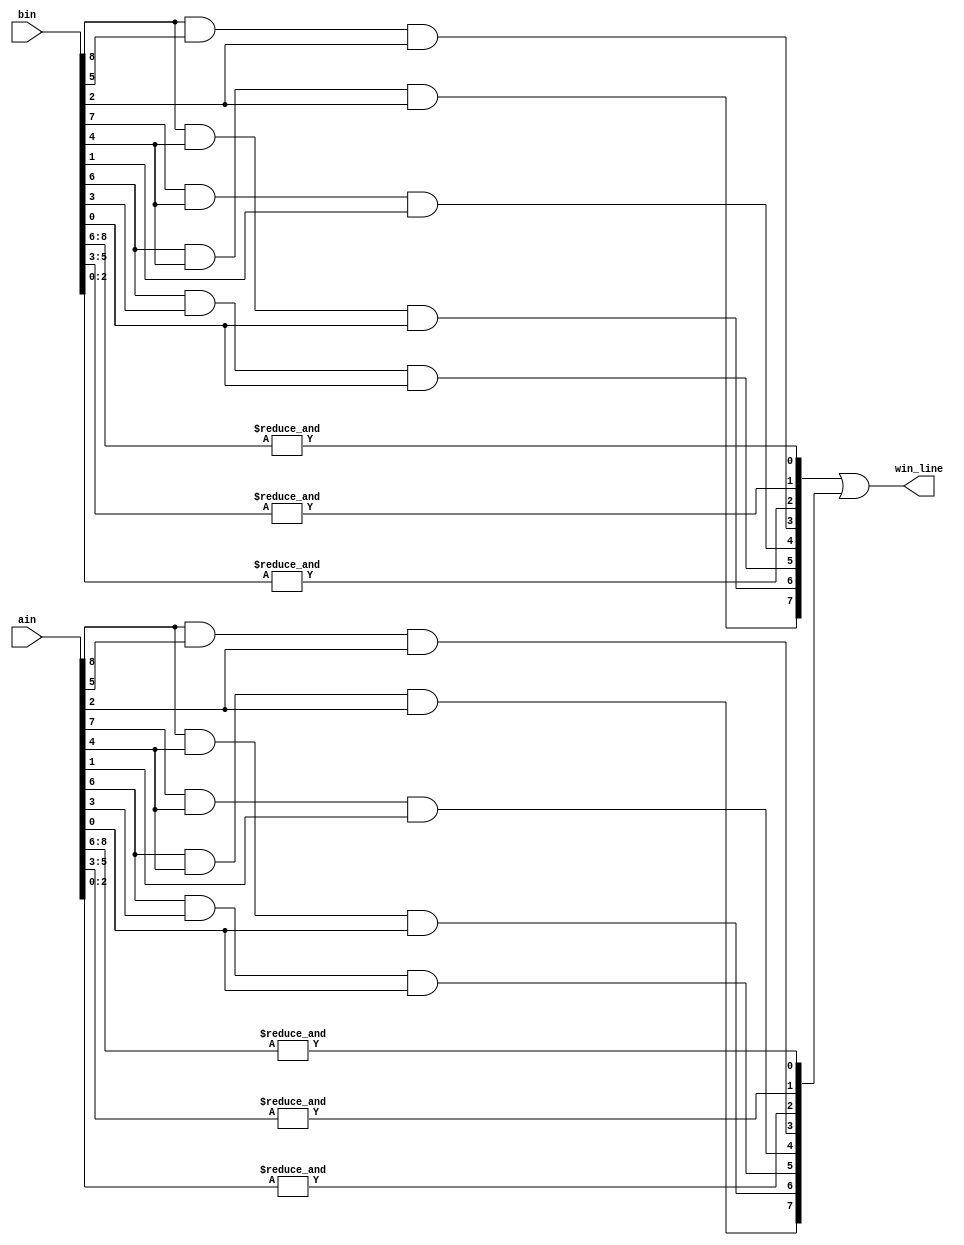
// DetectWinner
// Detects whether either ain or bin has three in a row
// Inputs:
//   ain, bin - (9-bit) current positions of type a and b
//Out:
//   win_line - (8-bit) if A/B wins, one hot indicates along which row, col or diag
//   win_line(0) = 1 means a win in row 8 7 6 (i.e., either ain or bin has all ones in this row)
//   win_line(1) = 1 means a win in row 5 4 3
//   win_line(2) = 1 means a win in row 2 1 0
//   win_line(3) = 1 means a win in col 8 5 2
//   win_line(4) = 1 means a win in col 7 4 1
//   win_line(5) = 1 means a win in col 6 3 0
//   win_line(6) = 1 means a win along the downward diagonal 8 4 0
//   win_line(7) = 1 means a win along the upward diagonal 2 4 6

module DetectWinner(
		input [8:0] ain, bin,
		output [7:0] win_line );

	// which winner
	wire [1:0] winners;

	// separate winner wires
	wire [7:0] win_line_a, win_line_b;

	// CPEN 211 LAB 3, PART 1: your implementation goes here

	// *********** NEW IMPLEMENTATIONS **********
	assign win_line_a[0] = &ain[8:6];
	assign win_line_a[1] = &ain[5:3];
	assign win_line_a[2] = &ain[2:0];
	assign win_line_a[3] = ain[8] & ain[5] & ain[2];
	assign win_line_a[4] = ain[7] & ain[4] & ain[1];
	assign win_line_a[5] = ain[6] & ain[3] & ain[0];
	assign win_line_a[6] = ain[8] & ain[4] & ain[0];
	assign win_line_a[7] = ain[6] & ain[4] & ain[2];

	assign win_line_b[0] = &bin[8:6];
	assign win_line_b[1] = &bin[5:3];
	assign win_line_b[2] = &bin[2:0];
	assign win_line_b[3] = bin[8] & bin[5] & bin[2];
	assign win_line_b[4] = bin[7] & bin[4] & bin[1];
	assign win_line_b[5] = bin[6] & bin[3] & bin[0];
	assign win_line_b[6] = bin[8] & bin[4] & bin[0];
	assign win_line_b[7] = bin[6] & bin[4] & bin[2];

	// TODO: worry about this later ************
	assign winners = {|win_line_b, |win_line_a};

	// total win line OR'ed together since only one player can win at a time
	assign win_line = win_line_b | win_line_a;

endmodule